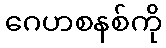
ဂေဟစနစ်ကို